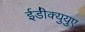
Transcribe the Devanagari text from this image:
ईडी॑क्युयुए